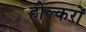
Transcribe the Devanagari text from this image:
होल्करों